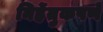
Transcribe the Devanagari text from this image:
निर्हेतुकपणे